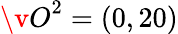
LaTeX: {\v O}^{2}=(0,20)